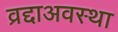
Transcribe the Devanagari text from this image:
व्रद्दाअवस्था